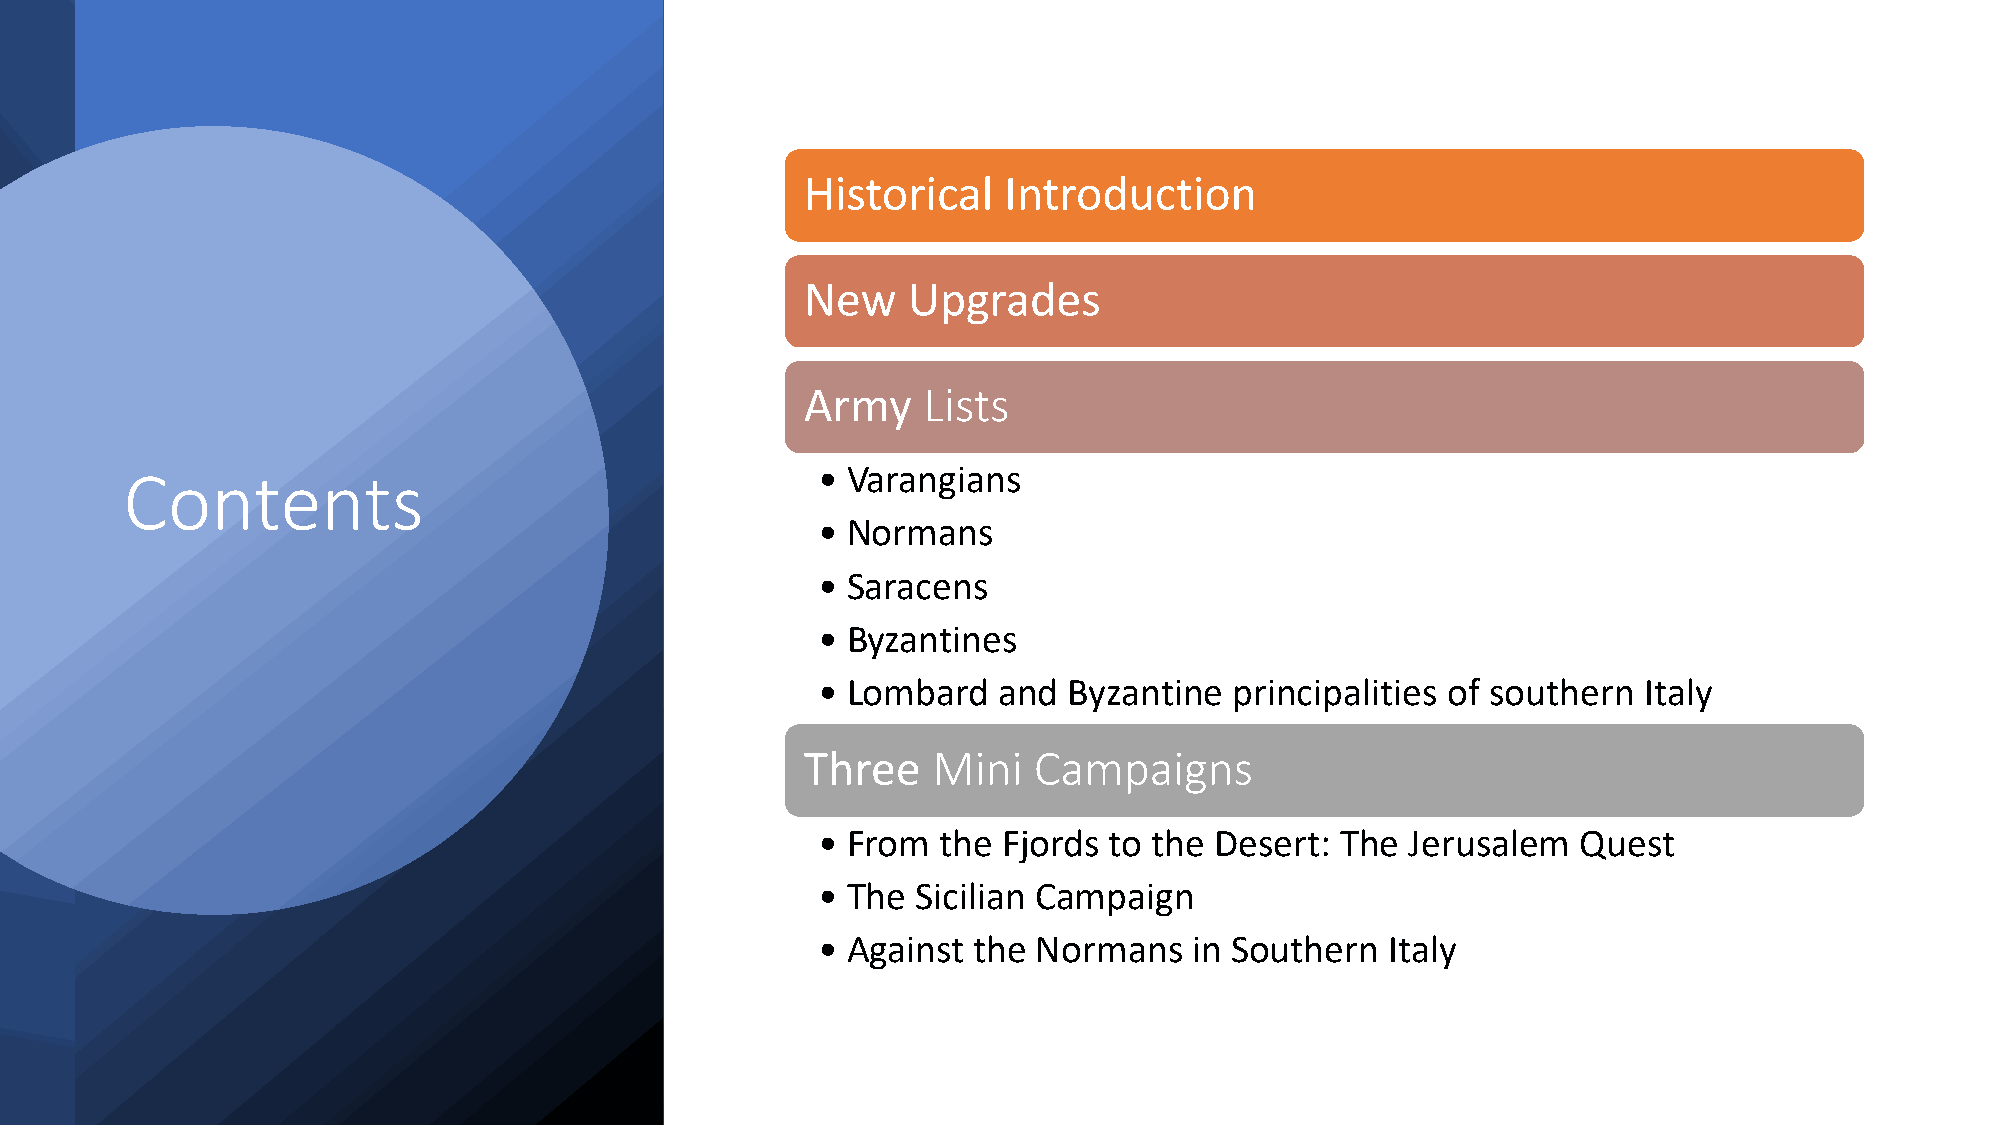
Historical   Introduction
 New    Upgrades
 Army    Lists
 Contents                                      • Varangians
 • Normans
 • Saracens
 • Byzantines
 • Lombard   and  Byzantine  principalities of southern Italy
 Three    Mini  Campaigns
 • From  the Fjords to the Desert:  The Jerusalem   Quest
 • The  Sicilian Campaign
 • Against the  Normans   in Southern  Italy